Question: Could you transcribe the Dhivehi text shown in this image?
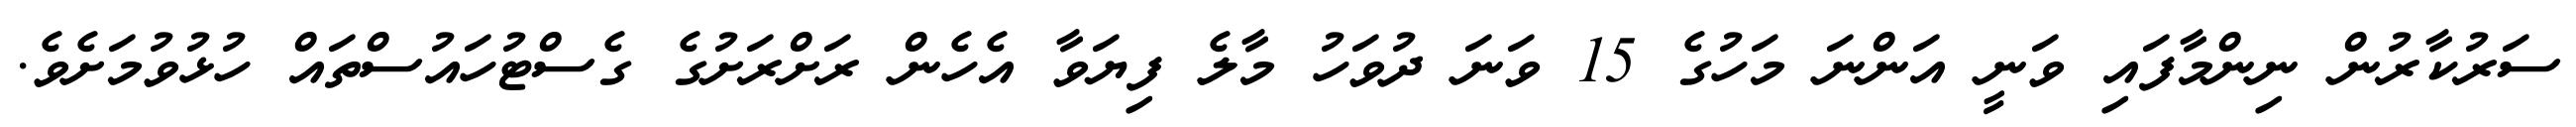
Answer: ސަރުކާރުން ނިންމާފައި ވަނީ އަންނަ މަހުގެ 15 ވަނަ ދުވަހު މާލެ ފިޔަވާ އެހެން ރަށްރަށުގެ ގެސްޓުހައުސްތައް ހުޅުވުމަށެވެ.